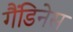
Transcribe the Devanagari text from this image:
गैंडिनेस